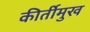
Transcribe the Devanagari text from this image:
कीर्तीमुख